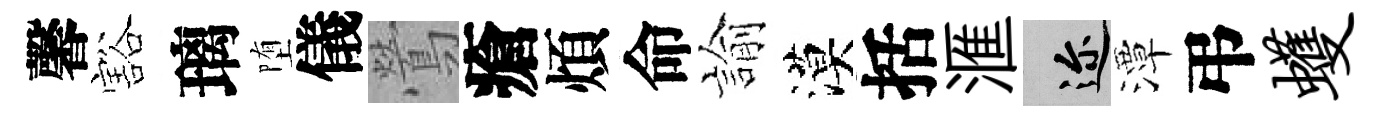
馨豁璃堕儀鶯瘡煩命諭漠括滙邇潭弔蠖